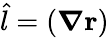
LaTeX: {\hat{l}}=({\boldsymbol{\nabla}}\mathbf{r})